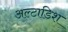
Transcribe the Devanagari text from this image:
अल्टाडिश